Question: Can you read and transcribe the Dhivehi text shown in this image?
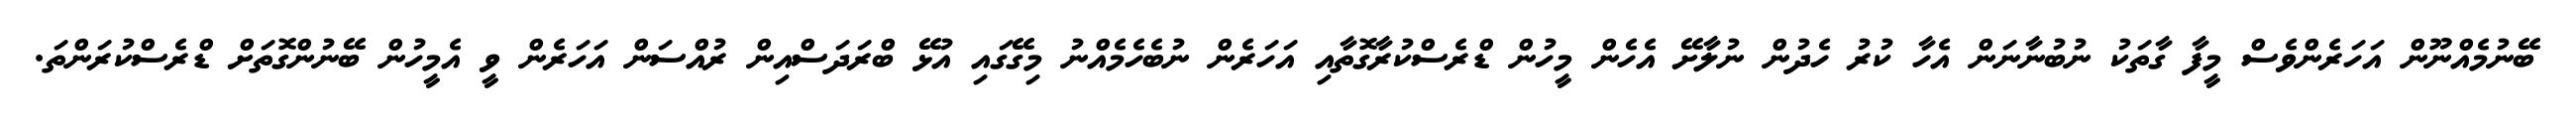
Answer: ބޭނުމެއްނޫން އަހަރެންވެސް މީފާ ގާތަކު ނުބުނާނަން އެހާ ކުރު ހެދުން ނުލާށޭ އެހެން މީހުން ޑްރެސްކުރާގޮތާއި އަހަރެން ނުބެހެމެއްނު މިގޭގައި އުޅޭ ބްރަދަސްއިން ރުއްސަން އަހަރެން ވީ އެމީހުން ބޭނުންގޮތަށް ޑްރެސްކުރަންތަ.